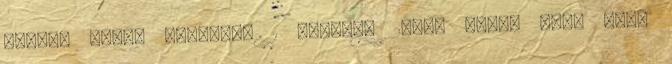
néger, anal, nézőpont 1 hónapja 20:06 VPorn nagy mell